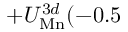
+ U _ { \mathrm { M n } } ^ { 3 d } ( - 0 . 5